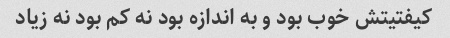
کیفتیتش خوب بود و به اندازه بود نه کم بود نه زیاد